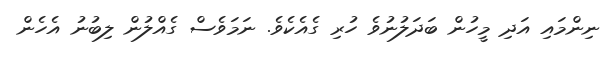
ނިންމައި އަދި މީހުން ބަދަލުނުވެ ހުރި ގެއެކެވެ. ނަމަވެސް ގެއްލުން ލިބުނު އެހެން